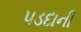
પડદાની